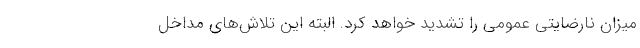
میزان نارضایتی عمومی را تشدید خواهد کرد. البته این تلاش‌های مداخل